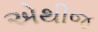
એથીજ